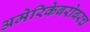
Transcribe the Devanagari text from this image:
अमेरिकेबरोबरच